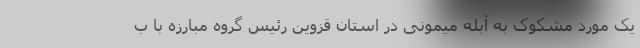
یک مورد مشکوک به آبله میمونی در استان قزوین رئیس گروه مبارزه با ب